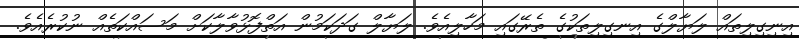
އިނިގިލިތައް ލަޔާލްގެ އިނގިލިތަކުގެ ތެރޭގައި މަހާލިއެވެ. ލަޔާލް ގަދަކަމުން އަތްފޮޅުވާލާކަށް މަސައްކަތެއް ނުކުރެއެވެ.